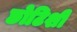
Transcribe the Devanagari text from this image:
छोटिशी